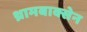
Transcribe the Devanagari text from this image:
थ्रामबाक्सेन